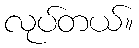
လုပ်တယ်။